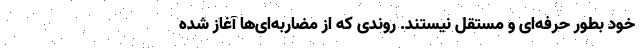
خود بطور حرفه‌ای و مستقل نیستند. روندی که از مضاربه‌ای‌ها آغاز شده